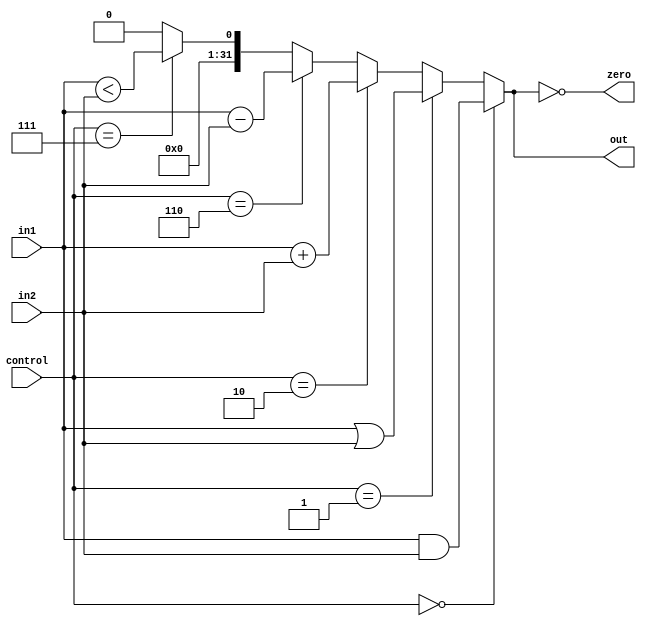
`timescale 1ns / 1ps
//////////////////////////////////////////////////////////////////////////////////
// Company: 
// Engineer: 
// 
// Design Name: 
// Module Name:    ALU 
// Project Name: 
// Target Devices: 
// Tool versions: 
// Description: 
//
// Dependencies: 
//
// Revision: 
// Revision 0.01 - File Created
// Additional Comments: 
//
//////////////////////////////////////////////////////////////////////////////////
module ALU(in1, in2, control, zero, out);
input [31:0] in1;
input [31:0] in2;
input [3:0] control;
output zero;
output reg [31:0]out;
always @(control or in1 or in2)
begin
if (control==4'b0000)
out<=in1&in2;
else if (control==4'b0001)
out<=in1|in2;
else if (control==4'b0010)
out<=in1+in2;
else if (control==4'b0110)
out<=in1-in2;
else if (control==4'b0111)
out<=in1<in2;
else
out<=0;
end
assign zero=(out==0);
endmodule